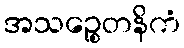
အသဉ္စေတနိကံ